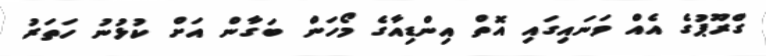
ގްރޫޕުގެ އެއް ވަނައިގައި އޮތް އިންޑިއާގެ މޯހަން ބަގާން އަށް ކުޅުނު ހަތަރު